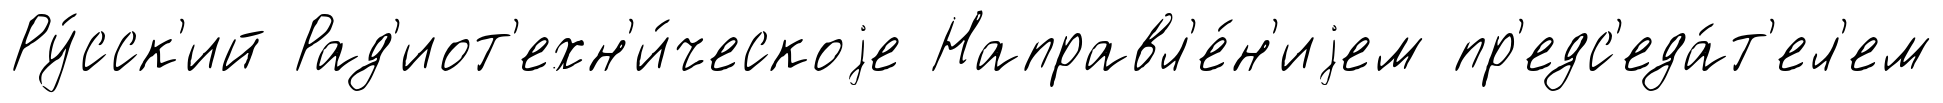
Ру́сск'ий Рад'иот'ехн'и́ческоjе Направл'е́н'иjем пр'едс'еда́т'ел'ем